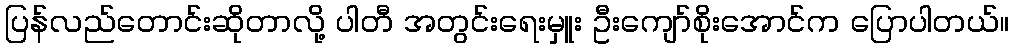
ပြန်လည်တောင်းဆိုတာလို့ ပါတီ အတွင်းရေးမှူး ဦးကျော်စိုးအောင်က ပြောပါတယ်။